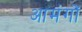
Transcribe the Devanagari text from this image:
आमंगों